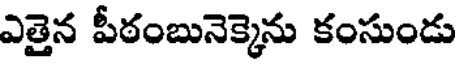
ఎత్తైన పీఠంబునెక్కెను కంసుండు